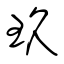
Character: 玖